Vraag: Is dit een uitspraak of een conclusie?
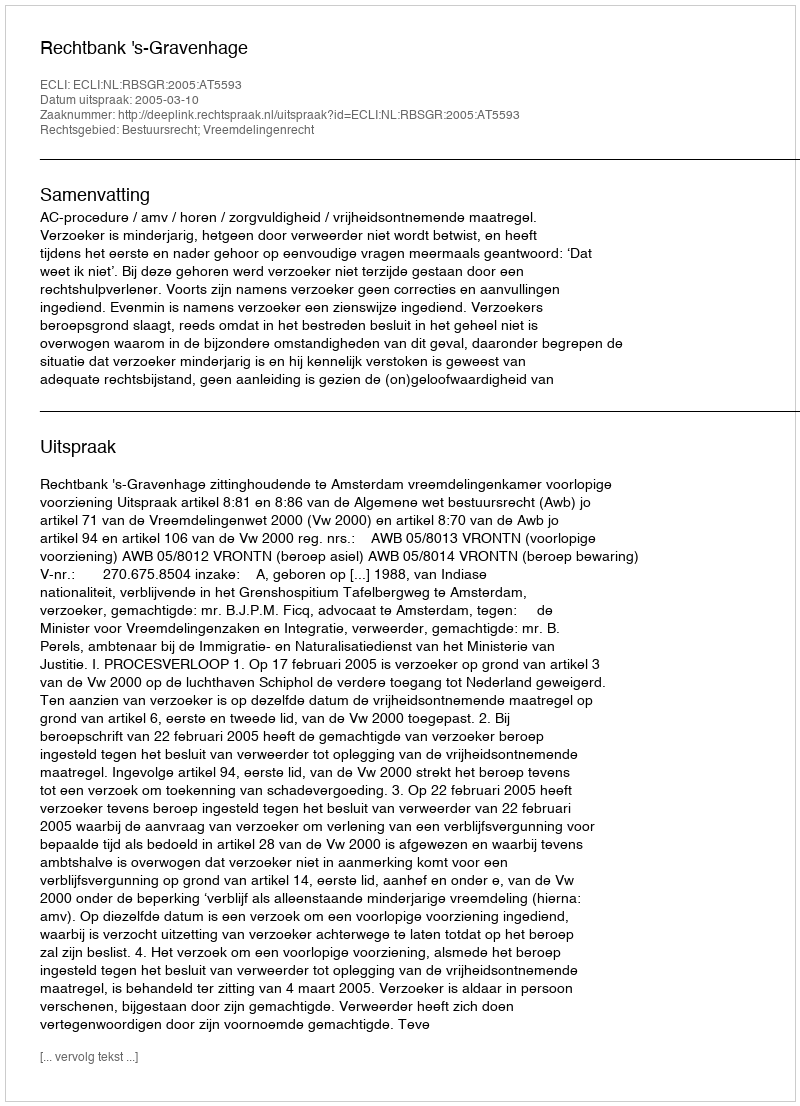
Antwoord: Uitspraak